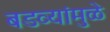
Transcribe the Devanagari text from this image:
बडव्यांमुळे